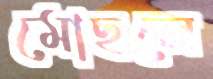
মোছলে